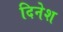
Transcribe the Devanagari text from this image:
दिनेश